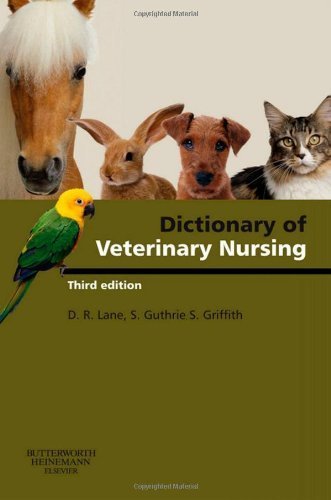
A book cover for Dictionary of Veterinary Nursing, 3e 3rd edition by FRAgS, Denis Richard Lane BSc(Vet Sci) FRCVS ; MRCVS, Sue G published by Butterworth-Heinemann Paperback; Medical Books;